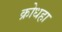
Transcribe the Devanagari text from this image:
क्रोधहा